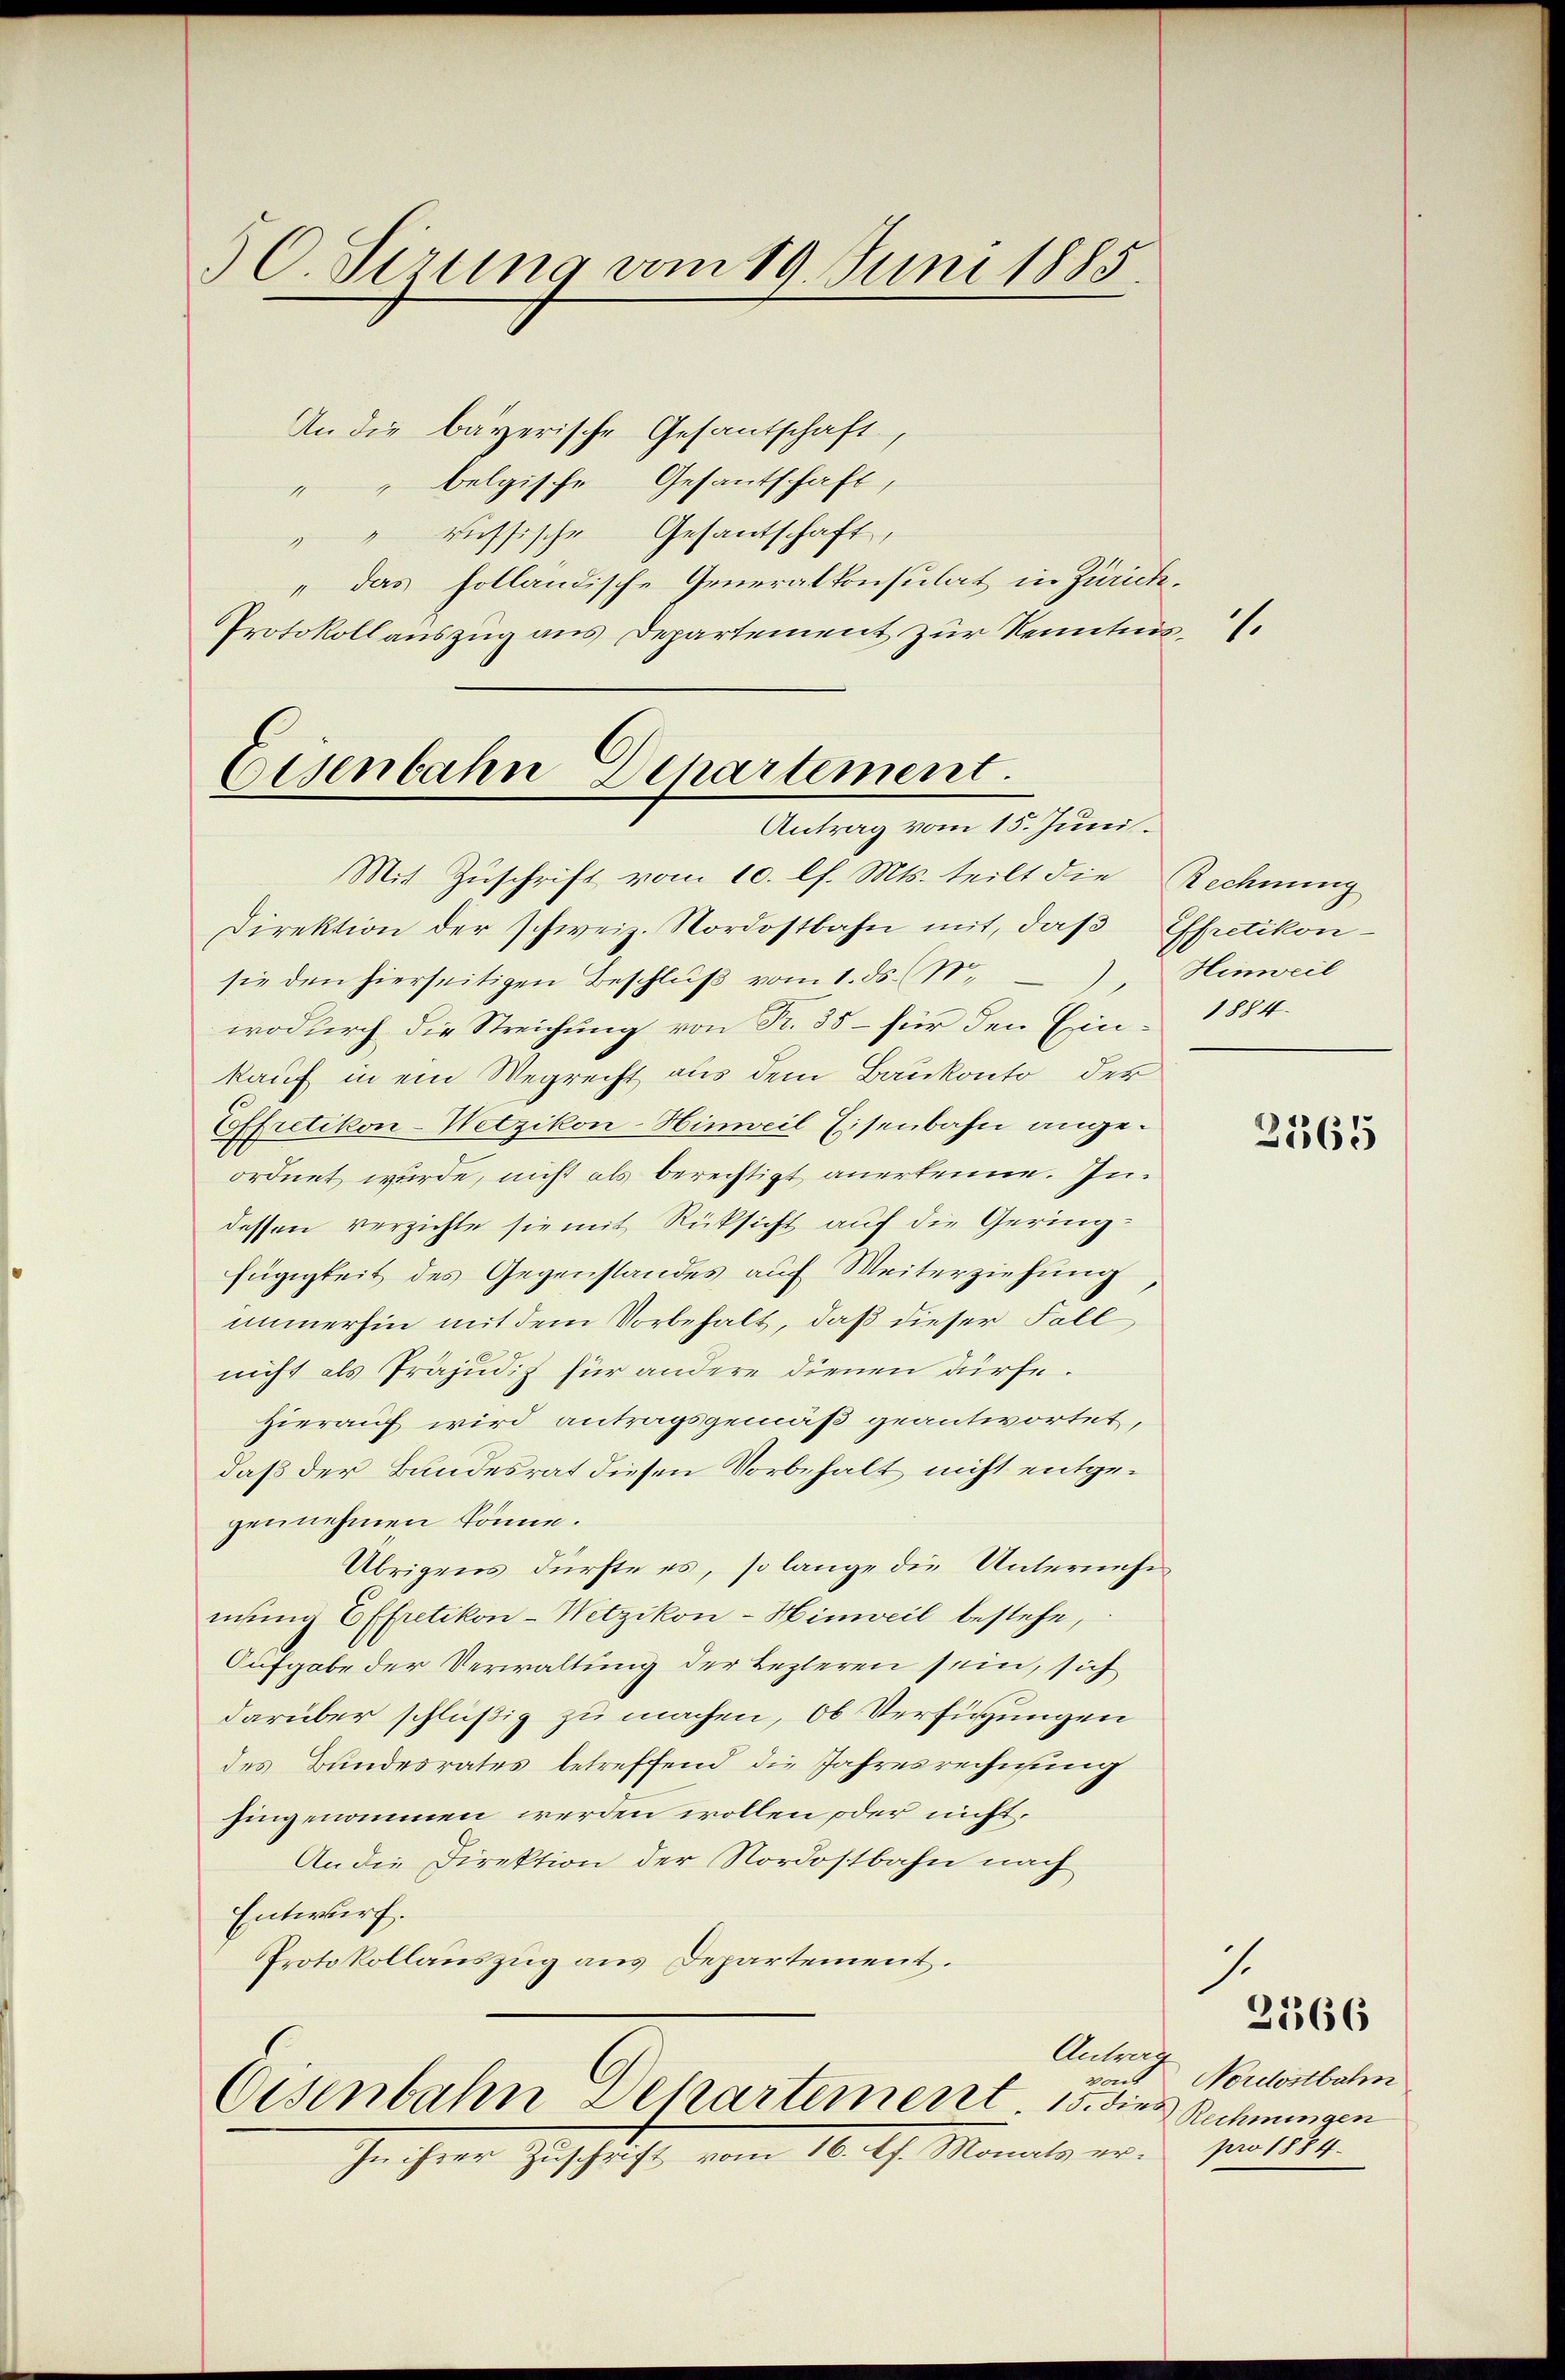
50 Sizung vom 19. Juni 1885.

An die bayerische Gesantschaft,
"" belgische Gesantschaft,
"" russische Gesantschaft,
„das holländische Generalkonsulat in Zürich¬
Protokollauszug aus Departement zur Kenntnis.

Eisenbahn Departement.
Antrag vom 15. Juni.

Mit Zuschrift vom 10. l. Mts. teilt die
Direktion der schweiz. Nordostbahn mit, daß Epretikon-
sie den hierseitigen Beschluß vom 1. ds. (N.
wodurch die Streichung von R. 35 – für den Ein 1884.
kauf in ein Wegrecht aus dem Baukonto der
Effretikon-Wetzikon-Hinweil Eisenbahn angeordnet wurde, nicht als berechtigt anerkenne. Indessen verzichte sie mit Rücksicht auf die Geringfügigkeit des Gegenstandes auf Weiterziehung
immerhin mit dem Vorbehalt, daß dieser Fall
nicht als Präjudiz für andere dienen dürfe.
Hierauf wird antragsgemäß geantwortet,
daß der Bundesrat diesen Vorbehalt nicht entgegennehmen könne.
Übrigens dürfte es, so lange die Unternehm
mung Effretikon - Wetzikon - Hinweil bestehe,
Aufgabe der Verwaltung der Lezteren sein, sich
darüber schlüßig zu machen, ob Verfügungen
des Bundesrates betreffend die Jahresrechnung
hingenommen werden wollen oder nicht,
An die Direktion der Nordostbahn nach
Entwurf.
Protokollauszug aus Departement.

Antrag
Eisenbahn Departement. 15. dies
In ihrer Zuschrift vom 16. Pf. Monats er pro 1884.

gat

Rechnung
) Hinweil

2365

7.
2566

Nordostbahn
Rechnungen